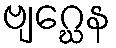
ဗျဂ္ဃေန